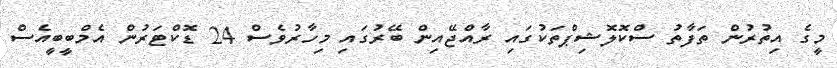
މީގެ އިތުރުން ތަފާތު ސްކޮލޮޝިޕްތަކުގައި ރާއްޖޭއިން ބޭރުގައި މިހާރުވެސް 24 ޑޮކްޓަރުން އެމްބީބީއެސް